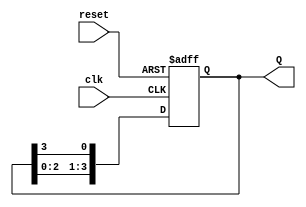
module bistable_ring_counter #(parameter N = 4) (
    input wire clk,               // Clock signal
    input wire reset,             // Asynchronous reset
    output wire [N-1:0] Q         // Output states of the flip-flops
);
    
    reg [N-1:0] shift_reg;        // Shift register to hold counter states

    // Asynchronous reset and shifting logic
    always @(posedge clk or posedge reset) begin
        if (reset) begin
            // Initialize the counter with the first flip-flop set to 1
            shift_reg <= 1'b1 << (N-1); // Set the last flip-flop to 1
        end else begin
            // Shift the register state
            shift_reg <= {shift_reg[N-2:0], shift_reg[N-1]}; // Shift right
        end
    end

    // Assign output to the shift register
    assign Q = shift_reg;

endmodule